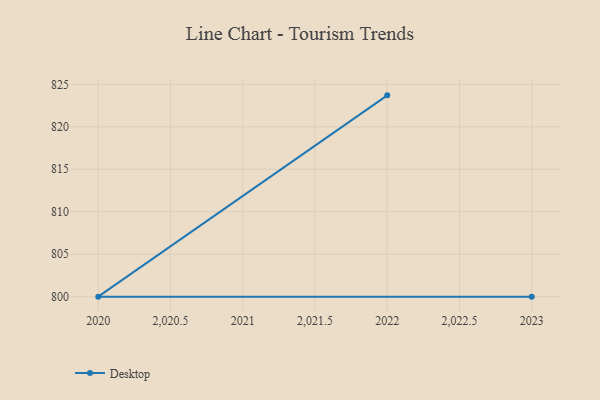
{"axis": {"x": "Year", "y": "Population (Million)"}, "legend": ["Desktop"], "data": [{"x": "2022", "y": 823.7, "type": "Desktop"}, {"x": "2020", "y": 800, "type": "Desktop"}, {"x": "2023", "y": 800, "type": "Desktop"}]}